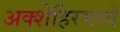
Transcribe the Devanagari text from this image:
अक्शेहिरमध्ये